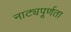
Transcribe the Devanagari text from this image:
नाट्यपूर्णता